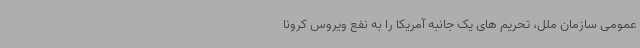
عمومی سازمان ملل، تحریم های یک جانبه آمریکا را به نفع ویروس کرونا